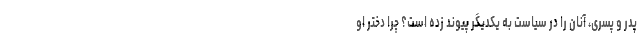
پدر و پسری، آنان را در سیاست به یکدیگر پیوند زده است؟ چرا دختر او